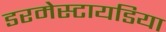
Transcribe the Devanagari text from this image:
डरमेस्टायडिया